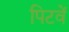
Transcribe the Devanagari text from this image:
पिटवें